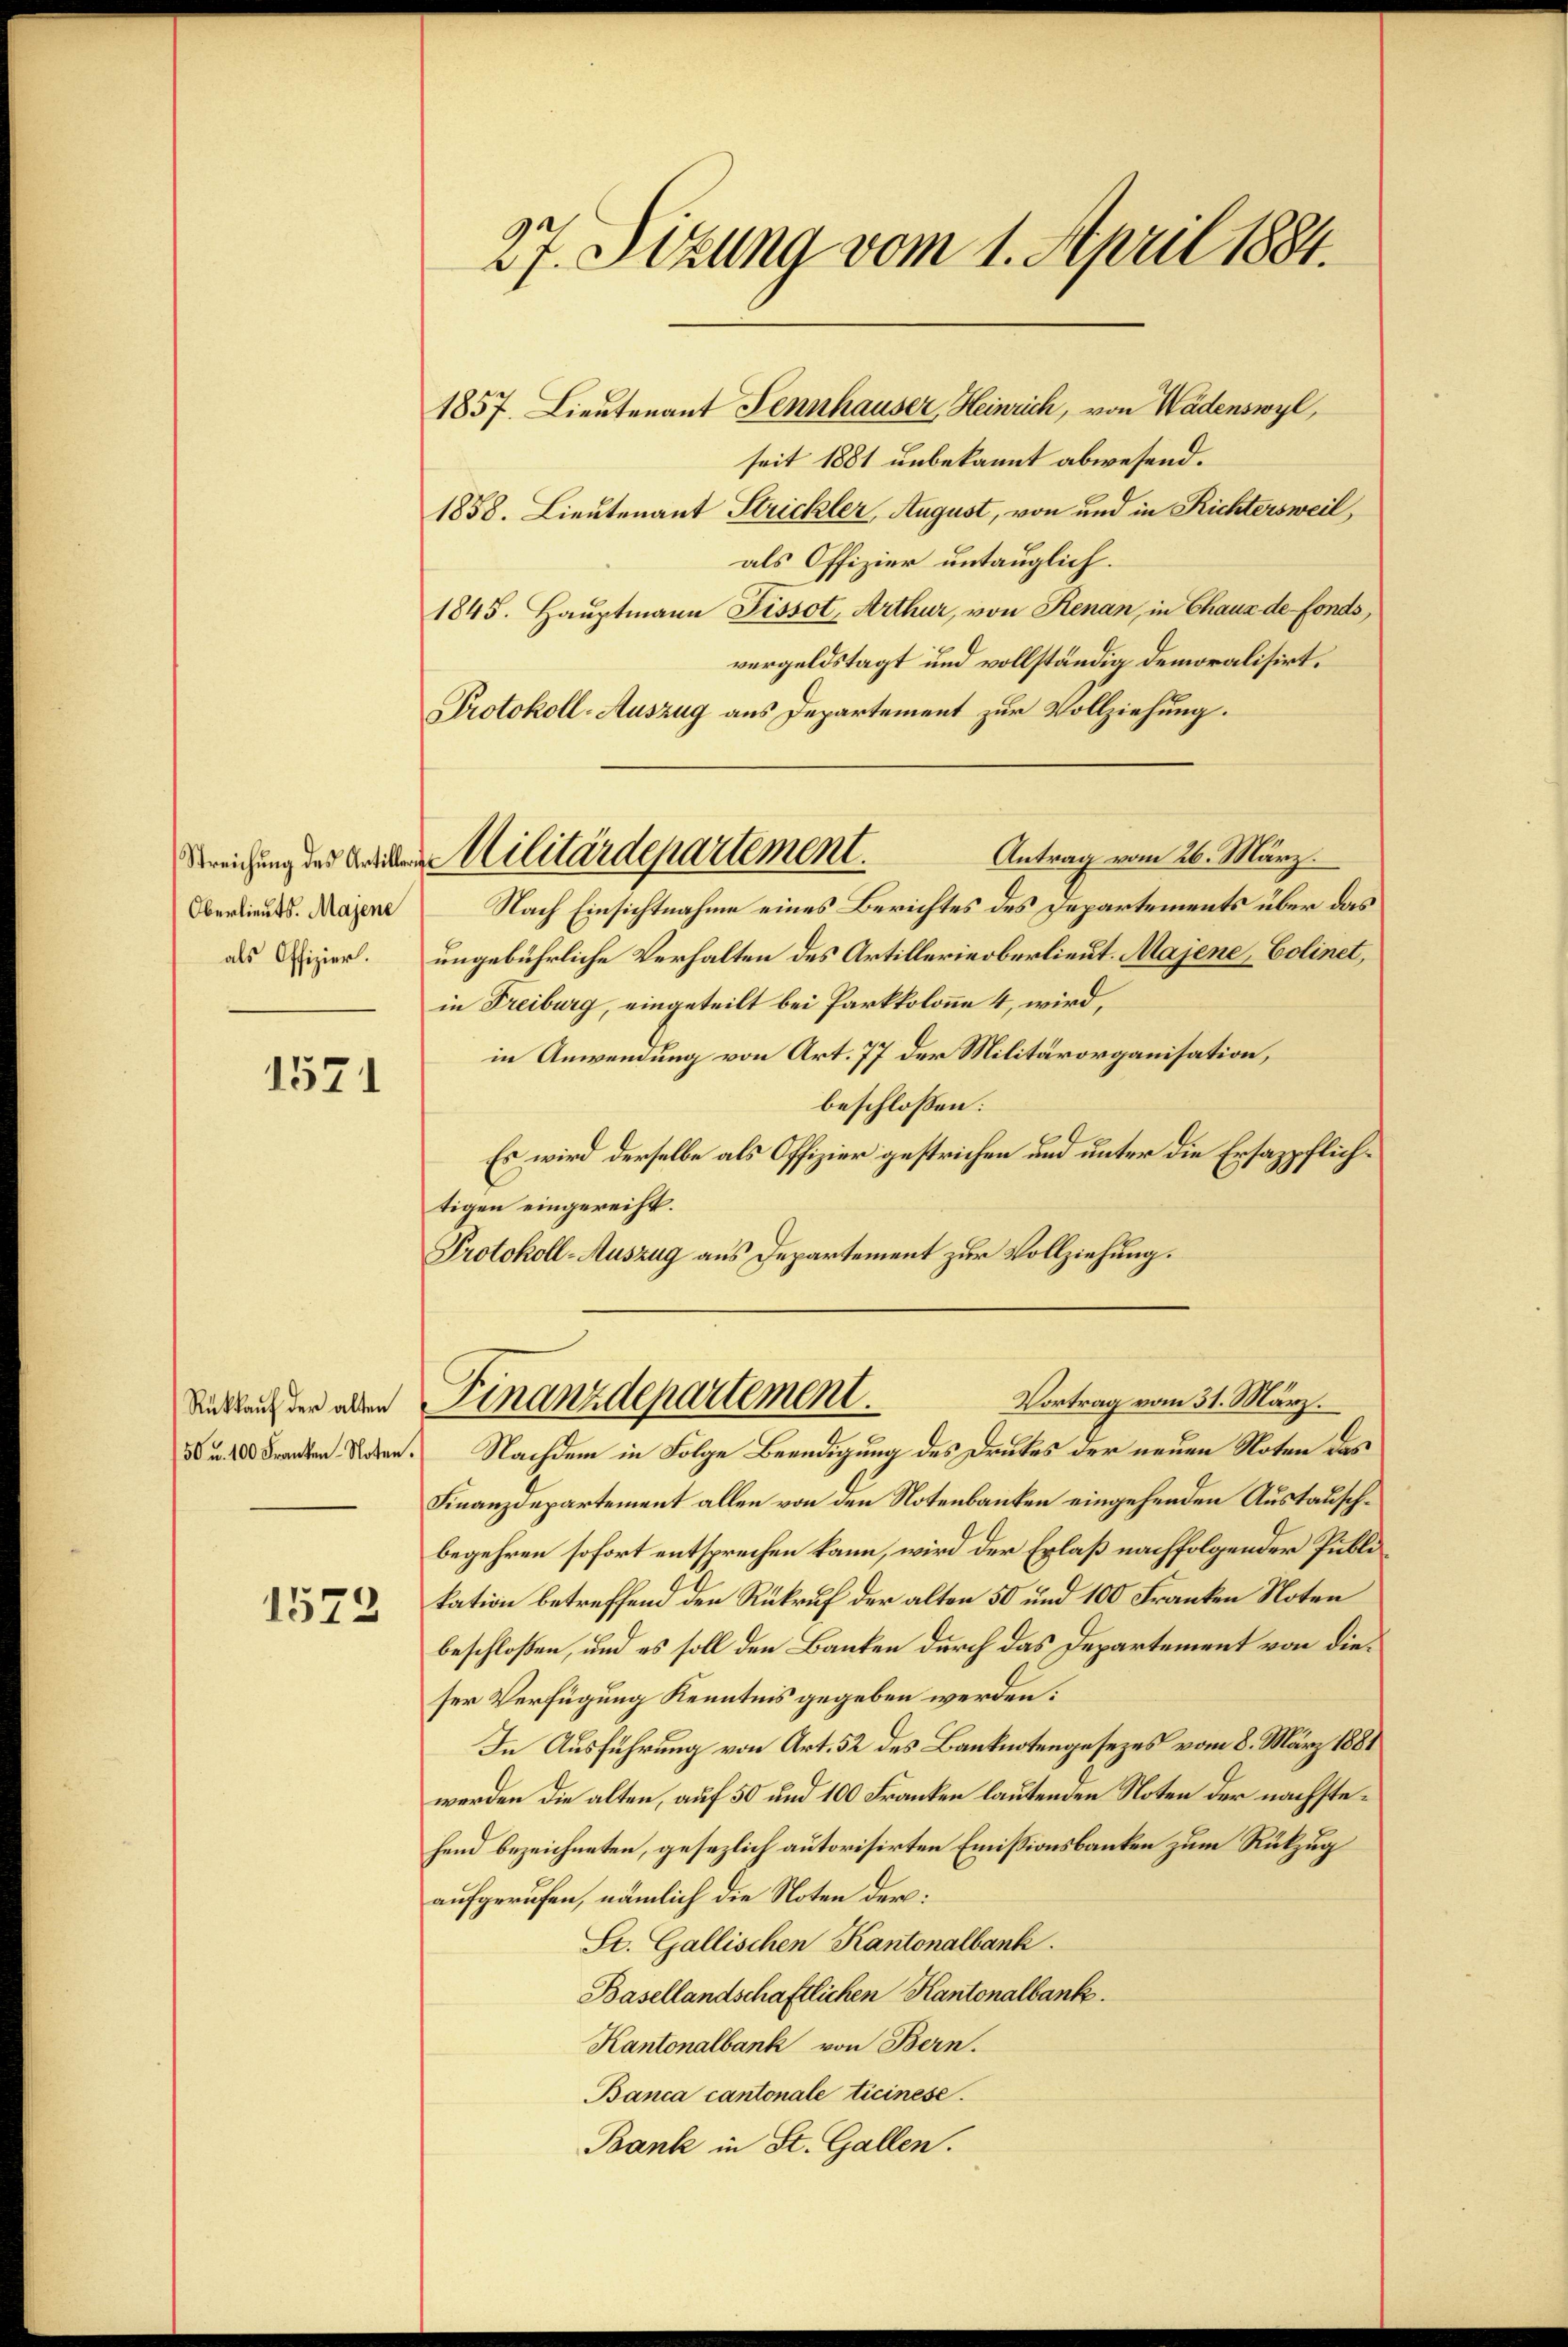
Streichung des Artilleri
Oberlieut. Majene
als Offizier.

1571

Rückkauf der alten
50 u. 100 Franken Noten.

1572

27. Sitzung vom 1. April 1884.

1857. Lieutenant Fennhauser, Heinrich, von Wädenswyl,
seit 1881 unbekannt abwesend.
1858. Lieutenant Strickler, August, von und in Richtersweil,
als Offizier untauglich.
1845. Hauptmann Pissot, Arthur, von Renan, in Chaus de fonds,
vergeldstagt und vollständig demoralisirt.
Protokoll-Auszug aus Departement zur Vollziehung.
Antrag vom 26. März.
Nach Einsichtnahme eines Berichtes des Departements über das
ungebührliche Verhalten des Artillerie oberlieut. Majene Colinet,
in Freiburg, eingeteilt bei Parkkolonne 4, wird,
in Anwendung von Art. 77 der Militärorganisation,
beschlossen:
Es wird derselbe als Offizier gestrichen und unter die Ersazpflichtigen eingereiht.
Protokoll-Auszug aus Departement zur Vollziehung.
Vortrag vom 31. März.
Finanzdepartement.
Nachdem in Folge Beendigung des Drukes der neuen Noten das
Finanzdepartement allen von den Notenbanken eingehenden Austauschbegehren sofort entsprechen kann, wird der Erlaß nachfolgender Publikation betreffend den Rükruf der alten 50 und 100 Franken Noten
beschloßen, und es soll den Banken durch das Departement von dieser Verfügung Kenntnis gegeben werden.
In Ausführung von Art. 32 des Banknotengesezes vom 8. März 1881
werden die alten, auf 50 und 100 Franken lautenden Noten der nachstehend bezeichneten, gesezlich autorisirten Emissionsbanken zum Rückzug
aufgerufen, nämlich die Noten der:
St. Gallischen Kantonalbank.
Basellandschaftlichen Kantonalbank.
Kantonalbank von Bern.
Banca cantonale Ticinese
Bank in St. Gallen.

Militärdepartement.